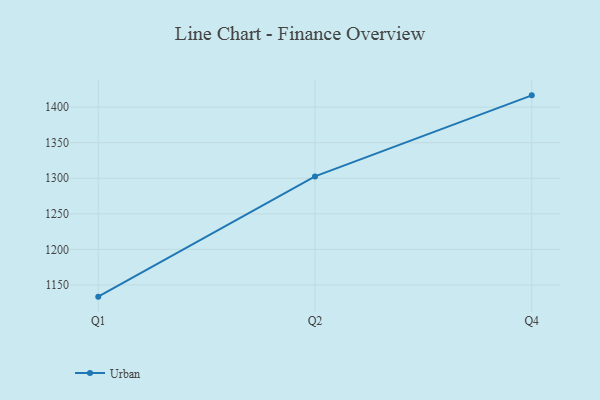
{"axis": {"x": "Quarter", "y": "Shipments"}, "legend": ["Urban"], "data": [{"x": "Q1", "y": 1133.6, "type": "Urban"}, {"x": "Q2", "y": 1302.6, "type": "Urban"}, {"x": "Q4", "y": 1416.5, "type": "Urban"}]}